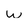
Character: w